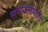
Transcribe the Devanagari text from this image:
समाजसेवेतील